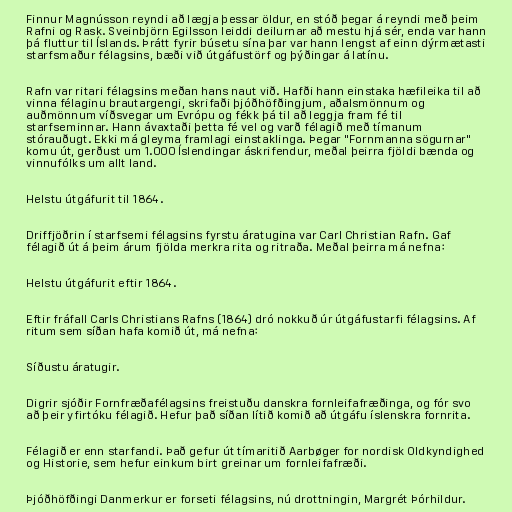
Finnur Magnússon reyndi að lægja þessar öldur, en stóð þegar á reyndi með þeim
Rafni og Rask. Sveinbjörn Egilsson leiddi deilurnar að mestu hjá sér, enda var hann
þá fluttur til Íslands. Þrátt fyrir búsetu sína þar var hann lengst af einn dýrmætasti
starfsmaður félagsins, bæði við útgáfustörf og þýðingar á latínu.

Rafn var ritari félagsins meðan hans naut við. Hafði hann einstaka hæfileika til að
vinna félaginu brautargengi, skrifaði þjóðhöfðingjum, aðalsmönnum og
auðmönnum víðsvegar um Evrópu og fékk þá til að leggja fram fé til
starfseminnar. Hann ávaxtaði þetta fé vel og varð félagið með tímanum
stórauðugt. Ekki má gleyma framlagi einstaklinga. Þegar "Fornmanna sögurnar"
komu út, gerðust um 1.000 Íslendingar áskrifendur, meðal þeirra fjöldi bænda og
vinnufólks um allt land.

Helstu útgáfurit til 1864.

Driffjöðrin í starfsemi félagsins fyrstu áratugina var Carl Christian Rafn. Gaf
félagið út á þeim árum fjölda merkra rita og ritraða. Meðal þeirra má nefna:

Helstu útgáfurit eftir 1864.

Eftir fráfall Carls Christians Rafns (1864) dró nokkuð úr útgáfustarfi félagsins. Af
ritum sem síðan hafa komið út, má nefna:

Síðustu áratugir.

Digrir sjóðir Fornfræðafélagsins freistuðu danskra fornleifafræðinga, og fór svo
að þeir yfirtóku félagið. Hefur það síðan lítið komið að útgáfu íslenskra fornrita.

Félagið er enn starfandi. Það gefur út tímaritið Aarbøger for nordisk Oldkyndighed
og Historie, sem hefur einkum birt greinar um fornleifafræði.

Þjóðhöfðingi Danmerkur er forseti félagsins, nú drottningin, Margrét Þórhildur.